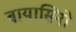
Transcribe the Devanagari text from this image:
बायासिनो